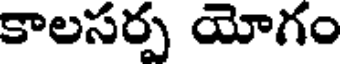
కాలసర్ప యోగం